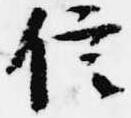
信